Sanitation, dispensaries and jails vaccination Rajputana 1922-1927 - 1922-1927
Year: 1922
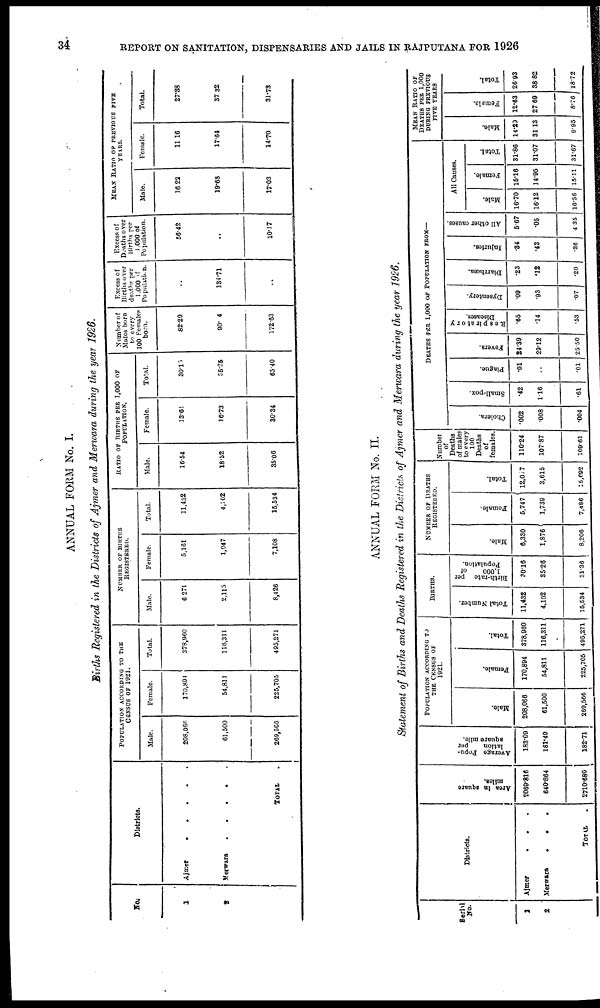
34
REPORT ON SANITATION, DISPENSARIES AND JAILS IN RAJPUTANA FOR 1926
ANNUAL FORM No. I.
Births Registered in the Districts of Ajmer and Merwara during the year 1926.
No.
1
2
Districts.
Ajmer . . . . .
Merwara
.
.
.
.
.
TOTAL .
POPULATION ACCORDING TO THE
CENSUS OF 1921.
Male.
208,066
61,500
269,566
Female.
170,894
54,811
225,705
Total.
378,960
116,311
495,271
NUMBER OF BIRTHS
REGISTERED.
Male.
6,271
2,115
8,426
Female.
5,161
1,047
7,108
Total.
11,432
4,102
15,534
RATIO OF BIRTHS PER 1,000 OF
POPULATION.
Male.
16.54
18.52
35.06
Female.
13.61
16.73
30.34
Total.
30.15
35.25
65.40
Number of
Males born
to every
100 Females
born.
82.29
90.4
172.63
Excess of
Births over
deaths per
1,000 of
Population.
..
134.71
..
Excess of
Deaths over
Births per
1,000 of
Population.
56.42
..
10.17
MEAN RATIO OF PREVIOUS FIVE
YEARS.
Male.
16.22
19.68
17.03
Female.
11.16
17.64
14.70
Total.
27.38
37.32
31.73
ANNUAL FORM No. II.
Statement of Births and Deaths Registered in the Districts of Ajmer and Merwara during the year 1926.
Serial
No.
1
2
Districts.
Ajmer
.
.
.
Merwara . . . .
TOTAL .
Area in square
miles.
2069.816
640.864
2710.680
Average Popu-
lation
per
square mile.
183.09
181.49
182.71
POPULATION ACCORDING TO
THE CENSUS OF
1921.
Male.
208,066
61,500
269,566
Female.
170,894
54,811
225,705
Total.
378,960
116,311
495,271
BIRTHS.
Total Number.
11,432
4,102
15,534
Birth-rate per
1,000
of
Population.
30.16
35.26
31.36
NUMBER OF DEATHS
REGISTERED.
Male.
6,330
1,876
8,206
Female.
5,747
1,739
7,486
Total.
12,017
3,615
15,692
Number
of
Deaths
of males
to every
100
Deaths
of
females.
110.24
107.87
109.61
DEATHS PER 1,000 OF POPULATION FROM—
Cholera.
.002
.008
.004
Small-pox.
.42
1.16
.61
Plague.
.01
..
.01
Fevers.
24.39
29.12
25.50
Respiratory
Diseases.
.65
.14
.53
Dysentery.
.09
.93
.07
Diarrhœa.
.23
.12
.20
Injuries.
.84
.43
.36
All other causes.
5.67
.05
4.35
All Causes.
Male.
16.70
16.12
16.56
Female.
15.16
14.95
15.11
Total.
31.86
31.07
31.07
MEAN RATIO OF
DEATHS PER 1,000
DURING PREVIOUS
FIVE YEARS
Male.
14.29
31.13
9.95
Female.
12.63
27.69
8.76
Total.
26.93
38.82
18.72